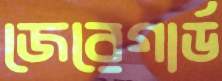
জেরেগার্ড